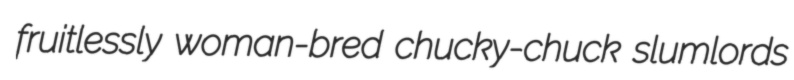
fruitlessly woman-bred chucky-chuck slumlords